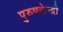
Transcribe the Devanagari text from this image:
पुरुषकेन्द्री